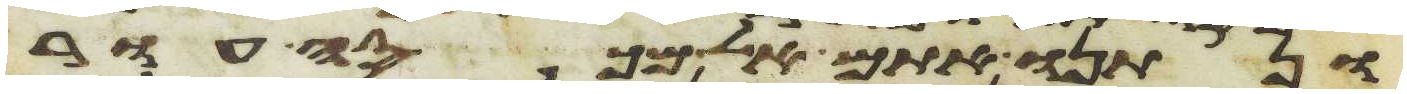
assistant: ונתנו אתם אל מכסה עור